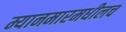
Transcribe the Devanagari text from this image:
म्यानमारमधीलच